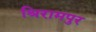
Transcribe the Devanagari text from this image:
श्रिरामपुर